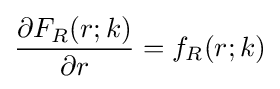
{\frac {\partial F_{R}(r;k)}{\partial r}}=f_{R}(r;k)